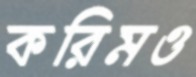
করিমও